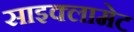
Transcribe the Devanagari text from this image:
साइक्लामेट